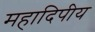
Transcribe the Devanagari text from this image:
महादिपीय